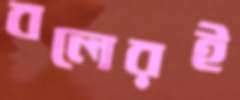
বলেরই